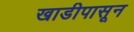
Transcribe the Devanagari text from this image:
खाडीपासून